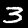
Digit: 3